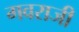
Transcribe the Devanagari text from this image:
गवराजी